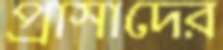
প্রাসাদের